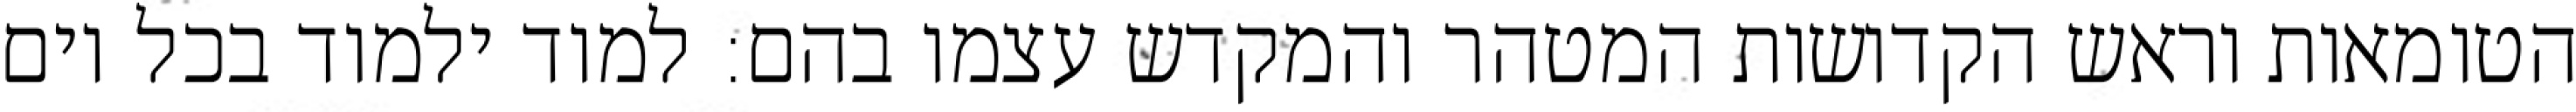
הטומאות וראש הקדושות המטהר והמקדש עצמו בהם: למוד ילמוד בכל יום